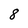
Character: 8